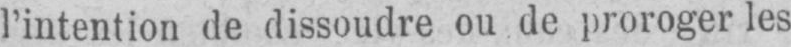
l’intention de dissoudre ou de proroger les